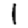
Digit: 1